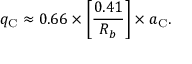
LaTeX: q _ { \mathrm { C } } \approx 0 . 6 6 \times \left[ \frac { 0 . 4 1 } { R _ { b } } \right] \times a _ { \mathrm { C } } .